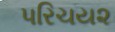
પરિચય૨